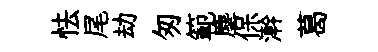
怯尾劫匆範塵保澣葛